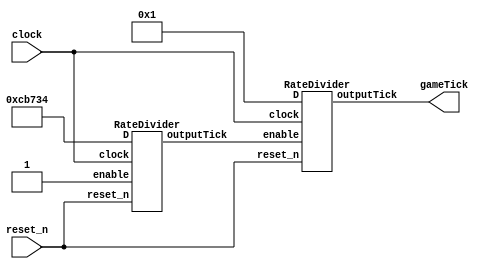


//The gameClock module.
module gameClock(input clock, reset_n, output gameTick);

	//Wires.
	wire w0;

	//The RateDivider submodules are instantiated.
	RateDivider DelayCounter(.D(27'b000000011001011011100110100), .clock(clock), .reset_n(reset_n), 
									 .enable(1'b1), .outputTick(w0));
										 
	RateDivider FrameCounter(.D(27'b000000000000000000000000001), .clock(clock), .reset_n(reset_n), 
									 .enable(w0), .outputTick(gameTick));

endmodule



//The RateDivider submodule is defined.
module RateDivider(input [26:0] D, input clock, reset_n, enable, output reg outputTick);

	//The internal reg that stores the counter value of the RateDivider.
	reg [26:0] internalCounter;
	
	always@(posedge clock)
	begin
		if (reset_n == 1'b0)
		begin
			internalCounter <= D;
			outputTick <= 0;
		end
		else
		begin
			if (enable == 1'b1)
			begin
				if (internalCounter == 27'b000000000000000000000000000)
				begin
					outputTick <= 1;
					internalCounter <= D;
				end
				else
				begin
					outputTick <= 0;
					internalCounter <= internalCounter - 27'b000000000000000000000000001;
				end
			end
			else
			begin
				internalCounter <= internalCounter;
				outputTick <= 0;
			end
		end
	end
endmodule